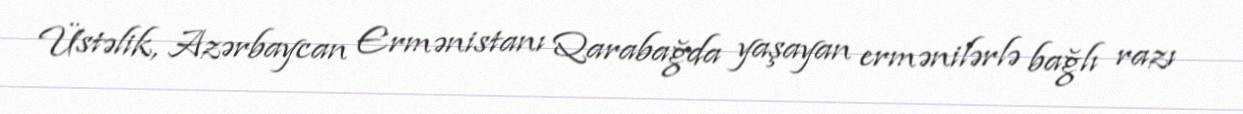
Üstəlik, Azərbaycan Ermənistanı Qarabağda yaşayan ermənilərlə bağlı razı